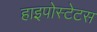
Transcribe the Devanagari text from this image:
हाइपोस्टेटस